Civil Veterinary Department Bengal reports 1933-51 - 1933-1951
Year: 1933
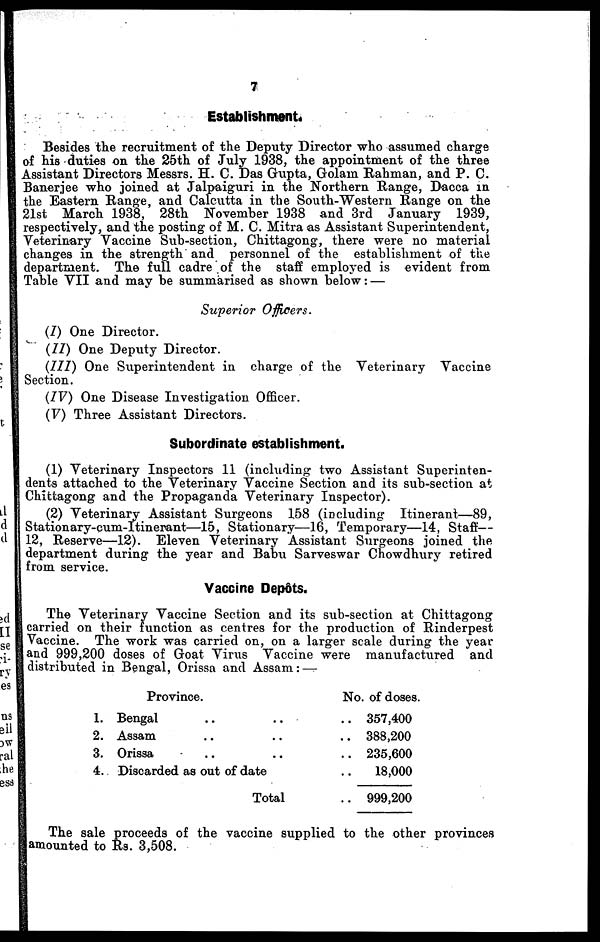
7
Establishment.
Besides the recruitment of the Deputy Director who assumed charge
of his duties on the 25th of July 1938, the appointment of the three
Assistant Directors Messrs. H. C. Das Gupta, Golam Rahman, and P. C.
Banerjee who joined at Jalpaiguri in the Northern Range, Dacca in
the Eastern Range, and Calcutta in the South-Western Range on the
21st March 1938, 28th November 1938 and 3rd January 1939,
respectively, and the posting of M. C. Mitra as Assistant Superintendent,
Veterinary Vaccine Sub-section, Chittagong, there were no material
changes in the strength and personnel of the establishment of the
department. The full cadre of the staff employed is evident from
Table VII and may be summarised as shown below: —
Superior Officers.
(I) One Director.
(77) One Deputy Director.
(777) One Superintendent in charge of the Veterinary Vaccine
Section.
(IV) One Disease Investigation Officer.
(V) Three Assistant Directors.
Subordinate establishment.
(1) Veterinary Inspectors 11 (including two Assistant Superinten-
dents attached to the Veterinary Vaccine Section and its sub-section at
Chittagong and the Propaganda Veterinary Inspector).
(2) Veterinary Assistant Surgeons 158 (including Itinerant—89,
Stationary-cum-Itinerant—15, Stationary—16, Temporary—14, Staff—
12, Reserve—12). Eleven Veterinary Assistant Surgeons joined the
department during the year and Babu Sarveswar Chowdhury retired
from service.
Vaccine Depots.
The Veterinary Vaccine Section and its sub-section at Chittagong
carried on their function as centres for the production of Rinderpest
Vaccine. The work was carried on, on a larger scale during the year
and 999,200 doses of Goat Virus Vaccine were manufactured and
distributed in Bengal, Orissa and Assam: —
1.
2.
3.
4.
Province.
Bengal
.. ..
Assam .. ..
Orissa .. ..
Discarded as out of date
Total
No. of doses.
.. 357,400
.. 388,200
.. 235,600
.. 18,000
.. 999,200
The sale proceeds of the vaccine supplied to the other provinces
amounted to Rs. 3,508.